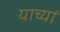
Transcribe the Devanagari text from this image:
याच्यां